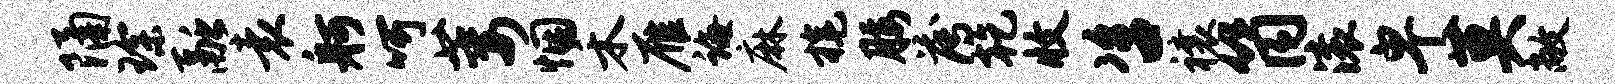
隔琛融袁舸呵萎悃禾雁诲麻旄腰薄乾收咨禳筒滚卑莫敞